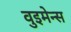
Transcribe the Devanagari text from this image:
वुइमेन्स